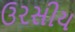
ઉરસીય